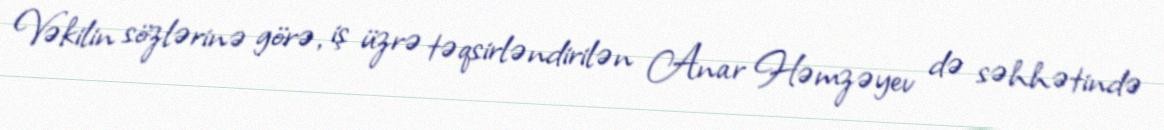
Vəkilin sözlərinə görə, iş üzrə təqsirləndirilən Anar Həmzəyev də səhhətində